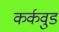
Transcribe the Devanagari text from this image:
कर्कवुड